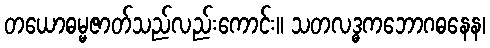
တယောဓမ္မဇာတ်သည်လည်းကောင်း။ သတလဒ္ဓကဘောဂဓနေန၊